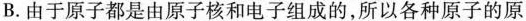
B. 由于原子都是由原子核和电子组成的，所以各种原子的原